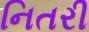
નિતરી